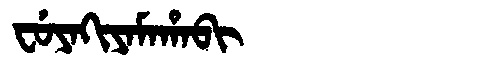
Manchu: ᠸᡠᠶᠠᡴᡳᠶᠠᠮᠠᡥᠠᠪᡳ
Romanization: FUYAKIYAMAHABI